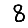
Digit: 8